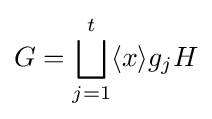
G=\bigsqcup _{j=1}^{t}\langle x\rangle g_{j}H